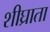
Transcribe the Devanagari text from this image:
शीघ्राता